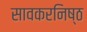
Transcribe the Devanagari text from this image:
सावकरनिष्ठ